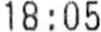
18:05